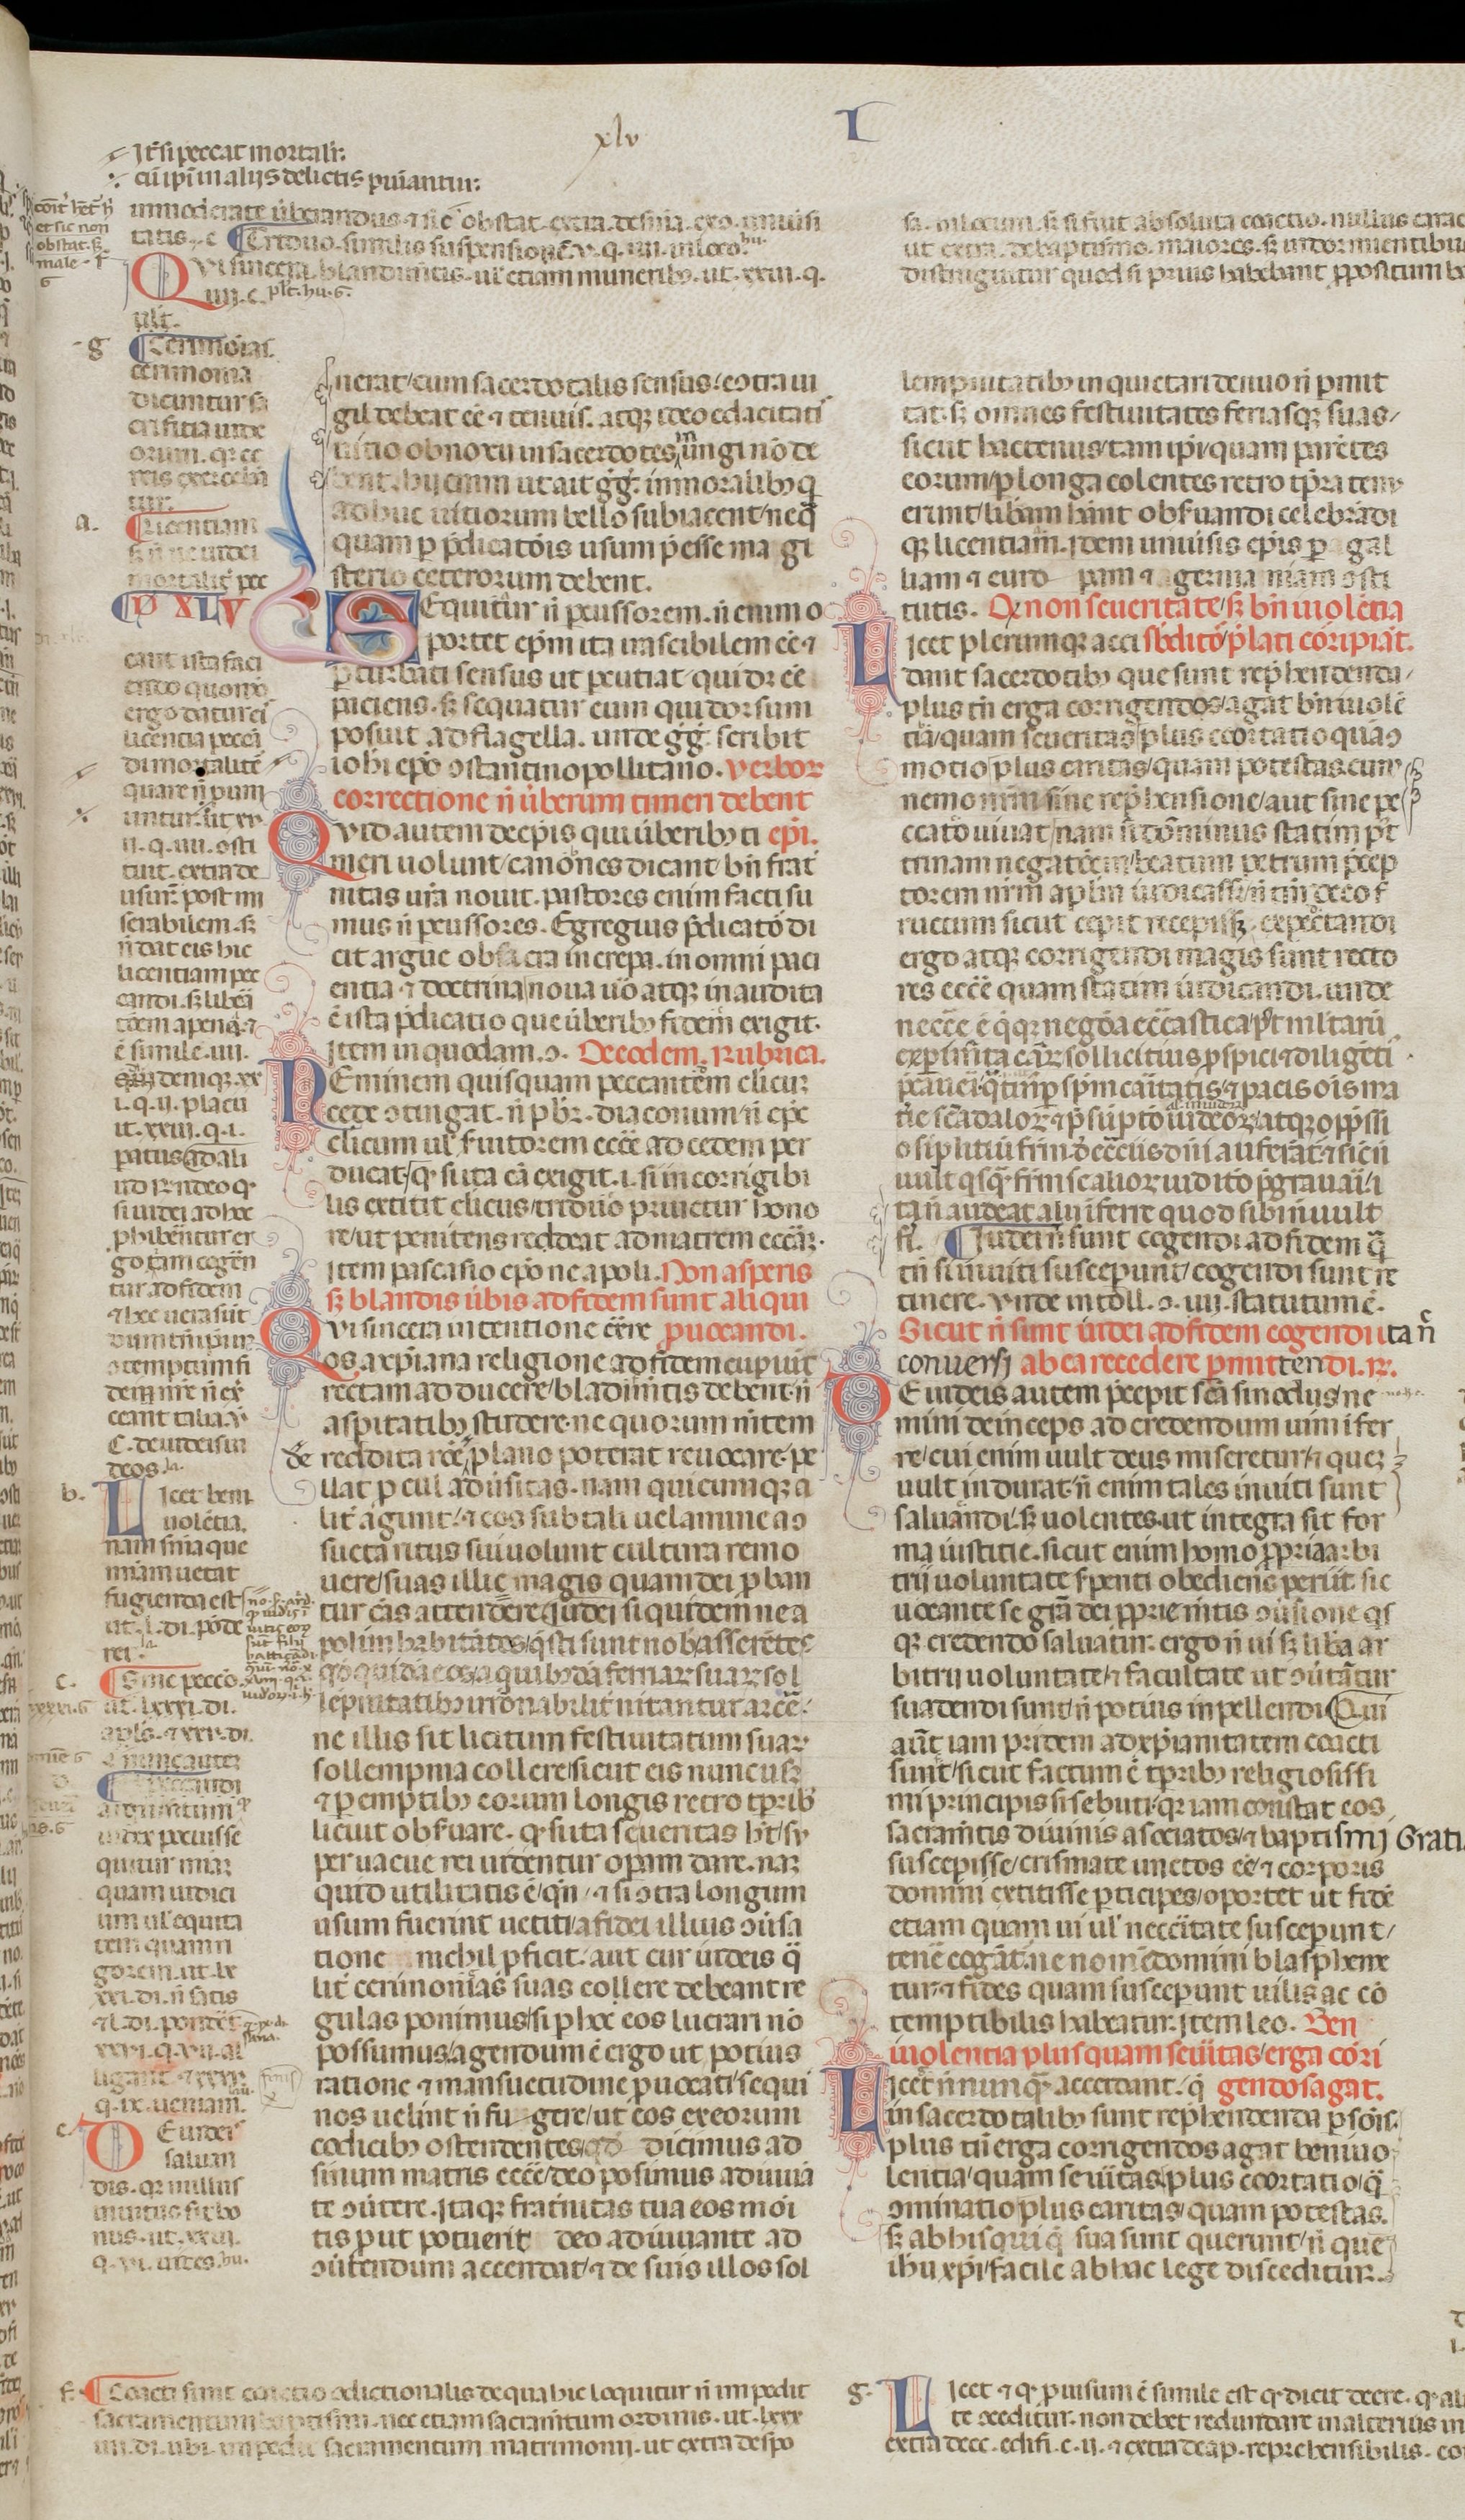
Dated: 1200–1399